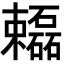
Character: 𬅓